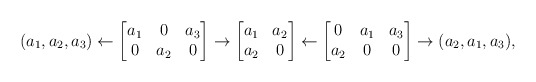
\begin{align*} (a_1, a_2, a_3) \leftarrow \begin{bmatrix} a_1&0&a_3\\0&a_2&0 \end{bmatrix} \to \begin{bmatrix} a_1&a_2\\ a_2& 0 \end{bmatrix} \leftarrow \begin{bmatrix} 0&a_1&a_3\\a_2&0&0 \end{bmatrix} \to (a_2, a_1, a_3), \end{align*}